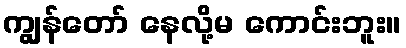
ကျွန်တော် နေလို့မ ကောင်းဘူး။